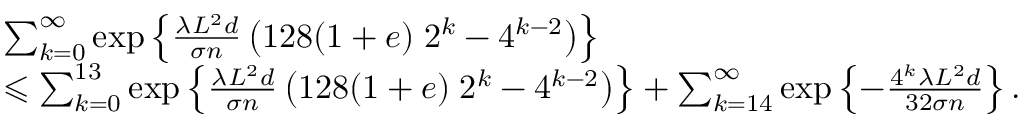
\begin{array} { r l } & { \sum _ { k = 0 } ^ { \infty } \exp \left\{ \frac { \lambda L ^ { 2 } d } { \sigma n } \left( 1 2 8 ( 1 + e ) \; 2 ^ { k } - 4 ^ { k - 2 } \right) \right\} } \\ & { \leqslant \sum _ { k = 0 } ^ { 1 3 } \exp \left\{ \frac { \lambda L ^ { 2 } d } { \sigma n } \left( 1 2 8 ( 1 + e ) \; 2 ^ { k } - 4 ^ { k - 2 } \right) \right\} + \sum _ { k = 1 4 } ^ { \infty } \exp \left\{ - \frac { 4 ^ { k } \lambda L ^ { 2 } d } { 3 2 \sigma n } \right\} . } \end{array}